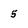
Character: 5